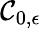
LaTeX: \mathcal{C}_{0,\epsilon}